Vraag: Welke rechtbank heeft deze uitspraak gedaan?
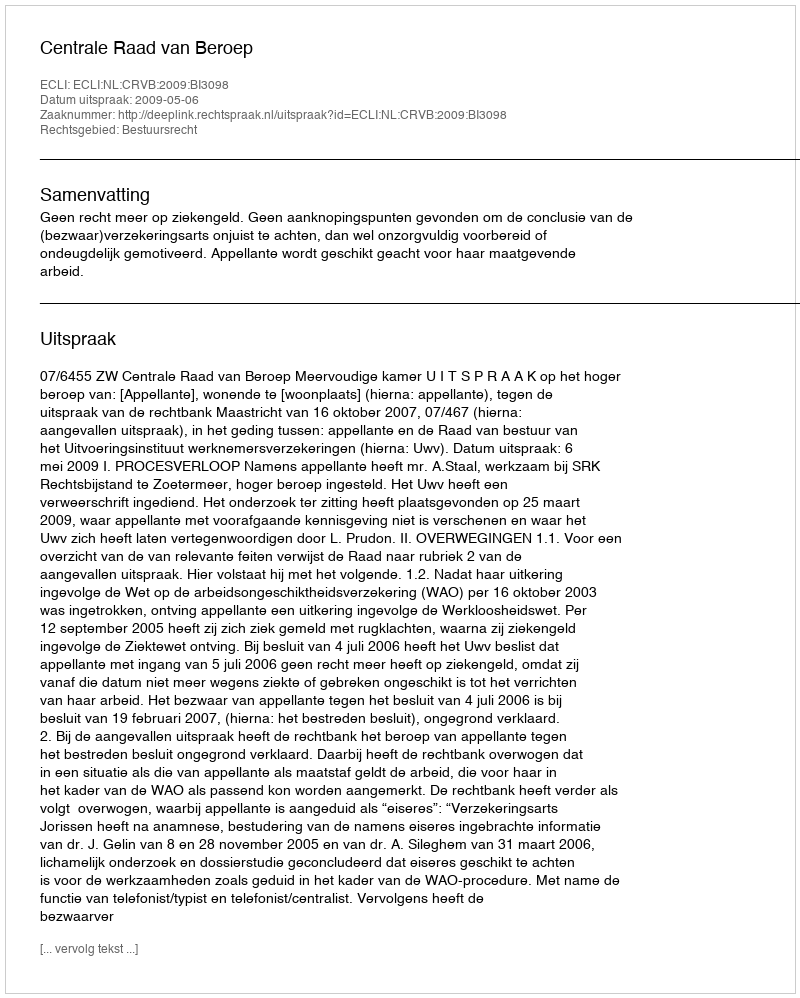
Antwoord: Centrale Raad van Beroep